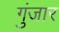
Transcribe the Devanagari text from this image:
गुंजार